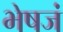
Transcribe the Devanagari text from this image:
भेषजं